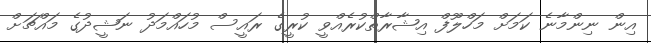
އިން ނިންމާނެ ކަމަށް މަހްލޫފް އިޝާރާތްކުރެއްވީ ކުރީގެ ރައީސް މުހައްމަދު ނަޝީދުގެ މައްޗަށް